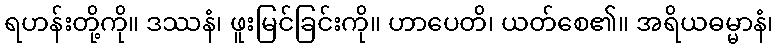
ရဟန်းတို့ကို။ ဒဿနံ၊ ဖူးမြင်ခြင်းကို။ ဟာပေတိ၊ ယတ်စေ၏။ အရိယဓမ္မာနံ၊